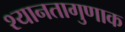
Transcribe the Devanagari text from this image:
श्यानतागुणाक